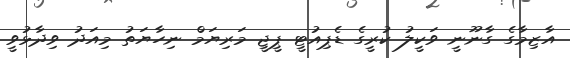
އާޒިމާގެ ގާނޫނީ ވަކީލު ކުރީގެ ޑެޕިއުޓީ ޕީޖީ މަރިޔަމް ނިހާޔަތު މިއަދު ވިދާޅުވީ